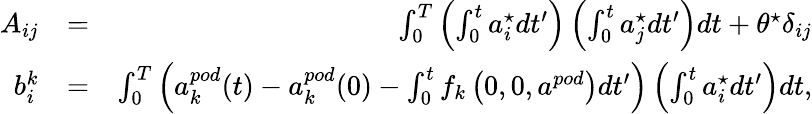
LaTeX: \begin{array}{rlr}{A_{ij}}&{=}&{\int_{0}^{T}\left(\int_{0}^{t}a_{i}^{\star}dt^{\prime}\right)\left(\int_{0}^{t}a_{j}^{\star}dt^{\prime}\right)dt+\theta^{\star}\delta_{ij}}\\ {b_{i}^{k}}&{=}&{\int_{0}^{T}\left(a_{k}^{pod}(t)-a_{k}^{pod}(0)-\int_{0}^{t}f_{k}\left(0,0,a^{pod}\right)dt^{\prime}\right)\left(\int_{0}^{t}a_{i}^{\star}dt^{\prime}\right)dt,}\end{array}